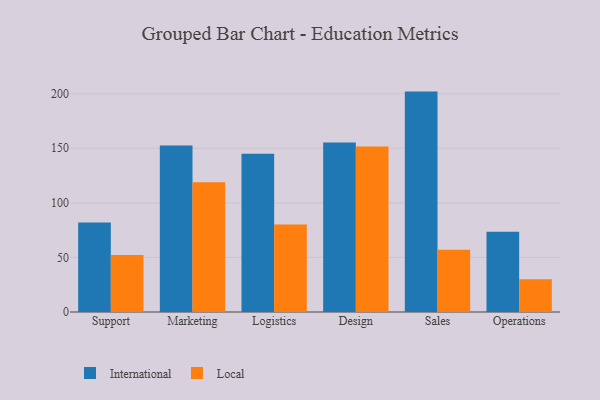
{"axis": {"x": "Department", "y": "Customer Acquisition Cost (USD)"}, "legend": ["International", "Local"], "data": [{"x": "Support", "y": 81.9, "type": "International"}, {"x": "Support", "y": 52.3, "type": "Local"}, {"x": "Marketing", "y": 152.6, "type": "International"}, {"x": "Marketing", "y": 118.9, "type": "Local"}, {"x": "Logistics", "y": 145.0, "type": "International"}, {"x": "Logistics", "y": 80.1, "type": "Local"}, {"x": "Design", "y": 155.3, "type": "International"}, {"x": "Design", "y": 151.7, "type": "Local"}, {"x": "Sales", "y": 201.9, "type": "International"}, {"x": "Sales", "y": 57.1, "type": "Local"}, {"x": "Operations", "y": 73.6, "type": "International"}, {"x": "Operations", "y": 30.0, "type": "Local"}]}